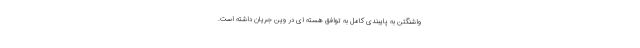
واشنگتن به پایبندی کامل به توافق هسته ای در وین جریان داشته است.